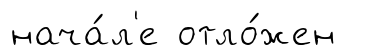
нача́л'е отло́жен